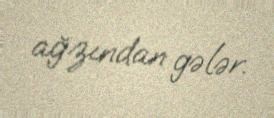
ağzından gələr.